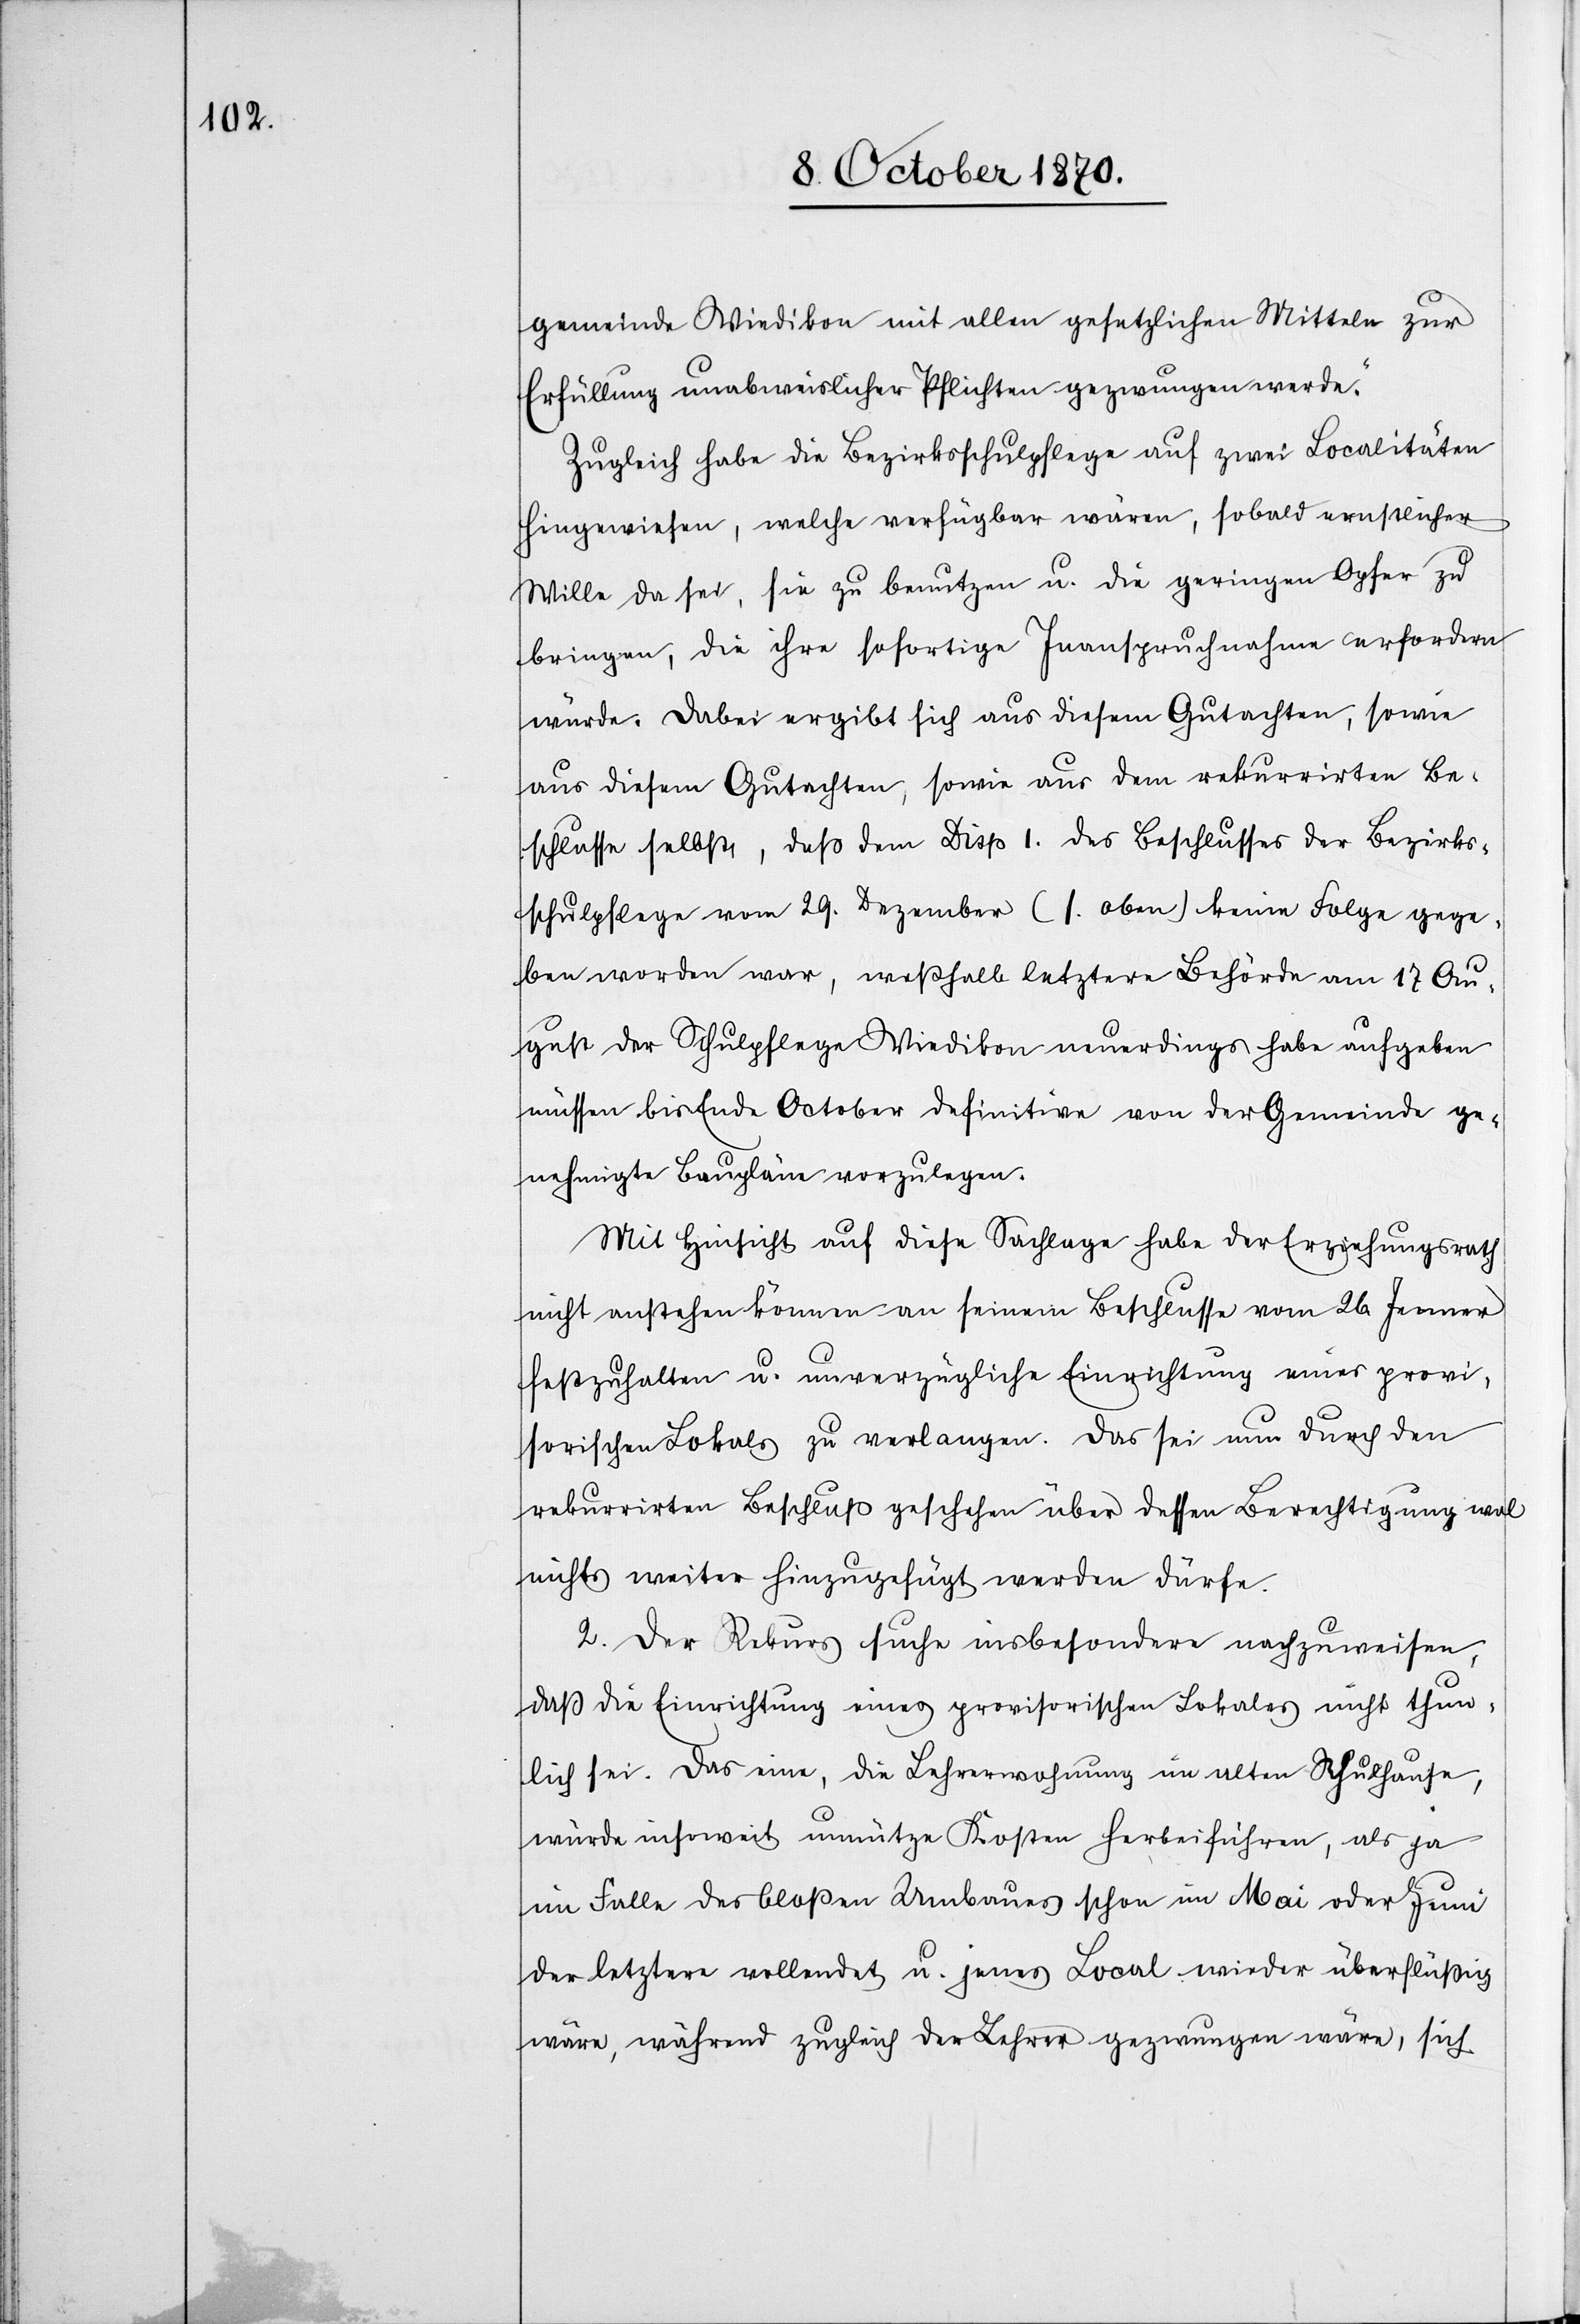
gemeinde Wiedikon mit allen gesetzlichen Mitteln zur
Erfüllung unabweichlicher Pflichten gezwungen werde.“
Zugleich habe die Bezirksschulpflege auf zwei Localitäten
hingewiesen, welche verfügbar wären, sobald ernstlicher
Wille da sei, sie zu benutzen u. die geringen Opfer zu
bringen, die ihre sofortige Inanspruchnahme erfordern
würde. Dabei ergibt sich aus diesem Gutachten, sowie
aus diesem Gutachten, [sic!] sowie aus dem rekurrirten Be¬
schlusse selbst, daß dem Disp I des Beschlusses der Bezirks¬
schulpflege vom 29. Dezember (s. oben) keine Folge gege¬
ben worden war, weßhalb letztere Behörde am 17. Au¬
gust der Schulpflege Wiedikon neuerdings habe aufgeben
müssen bis Ende October definitive von der Gemeinde ge¬
nehmigte Baupläne vorzulegen.
Mit Einsicht auf diese Sachlage habe der Erziehungsrath
nicht anstehen können an seinem Beschlusse vom 26. Jenner
festzuhalten u. unverzügliche Einrichtung eines provi¬
sorischen Lokals zu verlangen. Das sei nun durch den
rekurrirten Beschluß geschehen über dessen Berechtigung wol
nichts weiter hinzugefügt werden dürfe.
2. Der Rekurs suche insbesondere nachzuweisen,
daß die Einrichtung eines provisorischen Lokales nicht thun¬
lich sei. Das eine, die Lehrerwohnung im alten Schulhause,
würde insoweit unnütze Kosten herbeiführen, als ja
im Falle des bloßen Umbaues schon im Mai oder Juni
der letztere vollendet u. jenes Local wieder überflüssig
wäre, während zugleich der Lehrer gezwungen wäre, sich